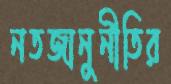
নতজানুনীতির